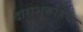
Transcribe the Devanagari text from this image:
दाराशुकोहचा